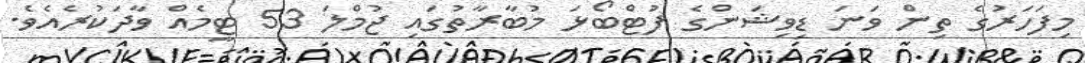
މިފަހަރުގެ ތިން ވަނަ ޑިވިޝަންގެ ފުޓްބޯޅަ މުބާރާތުގައި ޖުމްލަ 53 ޓީމެއް ވާދަކުރެއެވެ.